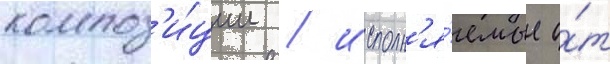
композ'и́ции / исполн'я́емые о́т